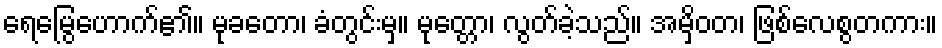
ရေမြွေဟောက်၏။ မုခတော၊ ခံတွင်းမှ။ မုတ္တော၊ လွတ်ခဲ့သည်။ အမှိဝတ၊ ဖြစ်လေစွတကား။